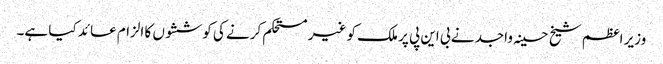
وزیر اعظم شیخ حسینہ واجد نے بی این پی پر ملک کو غیر مستحکم کرنے کی کوششوں کا الزام عائد کیا ہے۔